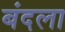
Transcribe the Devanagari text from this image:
बंदला